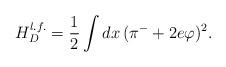
LaTeX: \begin{align*}H_D^{l.f.}= \frac{1}{2}\int dx \, (\pi^{-}+2e\varphi)^{2}.\end{align*}